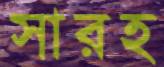
সারহ